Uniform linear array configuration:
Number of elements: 4
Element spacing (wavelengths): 0.25
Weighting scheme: hann
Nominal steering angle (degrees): -60
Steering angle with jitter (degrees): -58.971
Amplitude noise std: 0.05
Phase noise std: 0.05

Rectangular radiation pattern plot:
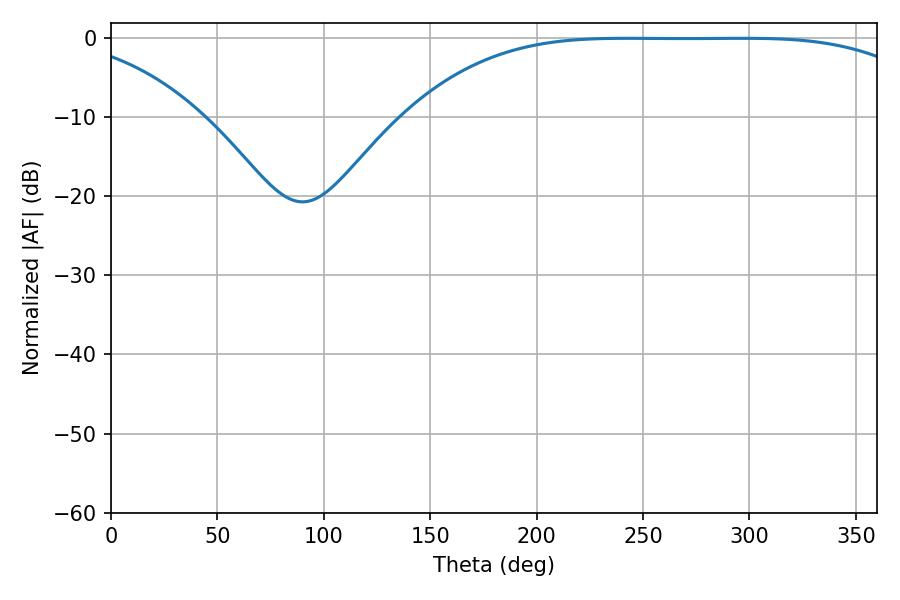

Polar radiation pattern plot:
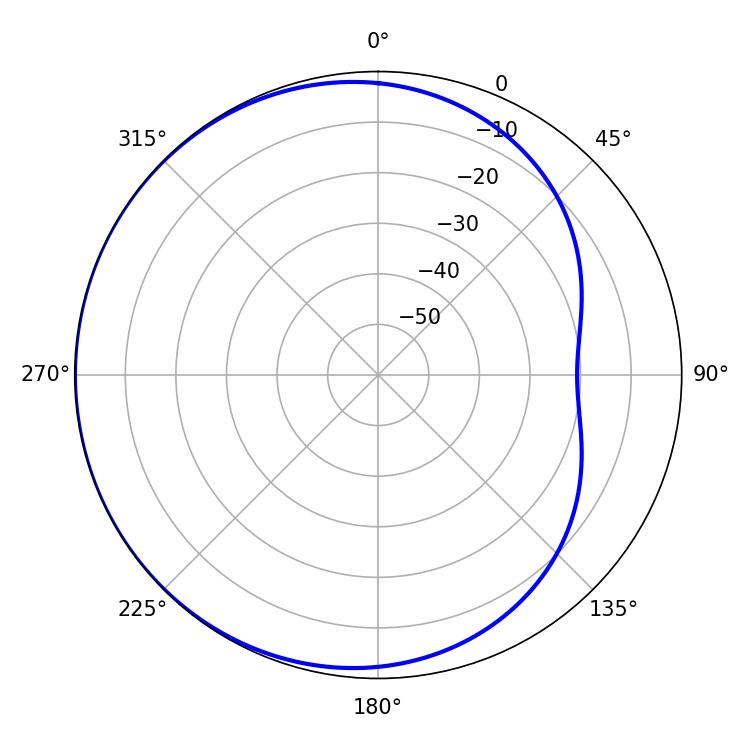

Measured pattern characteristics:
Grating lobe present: FALSE
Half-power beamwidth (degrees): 186.3
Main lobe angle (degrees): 242.64